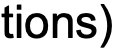
tions)